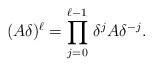
LaTeX: \begin{align*}(A\delta)^{\ell}= \prod_{j=0}^{\ell-1}\, \delta^{j} A\delta^{-j}.\end{align*}